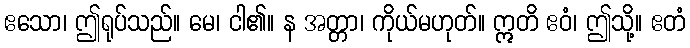
ဧသော၊ ဤရုပ်သည်။ မေ၊ ငါ၏။ န အတ္တာ၊ ကိုယ်မဟုတ်။ ဣတိ ဧဝံ၊ ဤသို့။ ဧတံ